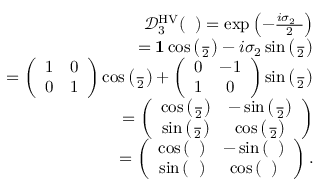
\begin{array} { r l r } & { } & { \mathcal { D } _ { 3 } ^ { \mathrm { H V } } ( { \it \Delta \phi } ) = \exp \left( - \frac { i \sigma _ { 2 } { \it \Delta \phi } } { 2 } \right) } \\ & { } & { = { \bf 1 } \cos \left( \frac { { \it \Delta \phi } } { 2 } \right) - i \sigma _ { 2 } \sin \left( \frac { { \it \Delta \phi } } { 2 } \right) } \\ & { } & { = \left( \begin{array} { c c } { 1 } & { 0 } \\ { 0 } & { 1 } \end{array} \right) \cos \left( \frac { { \it \Delta \phi } } { 2 } \right) + \left( \begin{array} { c c } { 0 } & { - 1 } \\ { 1 } & { 0 } \end{array} \right) \sin \left( \frac { { \it \Delta \phi } } { 2 } \right) } \\ & { } & { = \left( \begin{array} { c c } { \cos \left( \frac { { \it \Delta \phi } } { 2 } \right) } & { - \sin \left( \frac { { \it \Delta \phi } } { 2 } \right) } \\ { \sin \left( \frac { { \it \Delta \phi } } { 2 } \right) } & { \cos \left( \frac { { \it \Delta \phi } } { 2 } \right) } \end{array} \right) } \\ & { } & { = \left( \begin{array} { c c } { \cos \left( { \it \Delta \Psi } \right) } & { - \sin \left( { \it \Delta \Psi } \right) } \\ { \sin \left( { \it \Delta \Psi } \right) } & { \cos \left( { \it \Delta \Psi } \right) } \end{array} \right) . } \end{array}